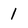
Character: 1